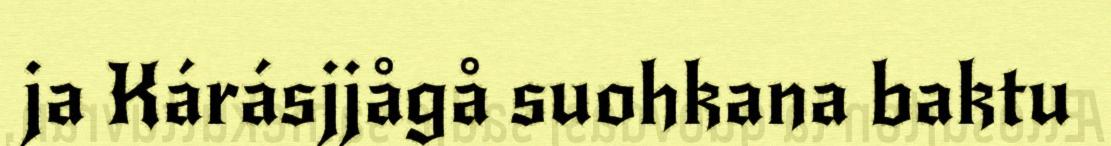
ja Kárásjjågå suohkana baktu